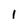
Character: 1